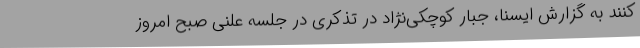
کنند به گزارش ایسنا، جبار کوچکی‌نژاد در تذکری در جلسه علنی صبح امروز